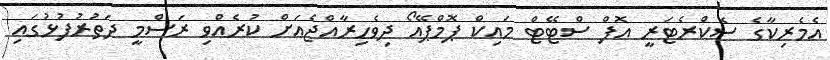
އެމެރިކާގެ ސެކްރެޓަރީ އޮފް ސްޓޭޓް މައިކް ޕޮމްޕޭއޯ ދިވެހިރާއްޖެއަށް ކުރެއްވި ރަސްމީ ދަތުރުފުޅުގައި